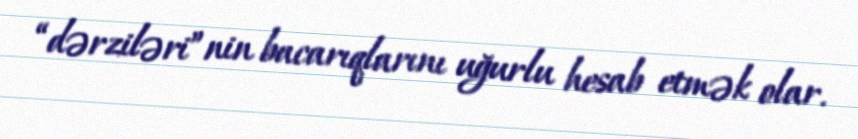
“dərziləri”nin bacarıqlarını uğurlu hesab etmək olar.